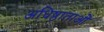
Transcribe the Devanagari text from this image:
अधिष्ठाताओं